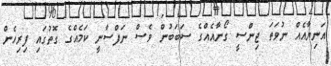
އަނިޔާއެއް ނުވަތަ ޖިންސީ ގޯނާއެއްގެ ސަބަބުން ވެސް ނަފްސާނީ ކަމެއްގެ ގޮތުގައި ފިރިހެން